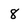
Character: 8